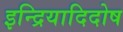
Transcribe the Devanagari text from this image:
इन्द्रियादिदोष